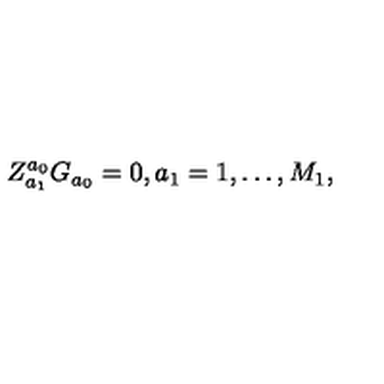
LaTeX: Z _ { a _ { 1 } } ^ { a _ { 0 } } G _ { a _ { 0 } } = 0 , a _ { 1 } = 1 , \ldots , M _ { 1 } ,